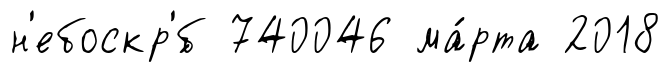
н'ебоскр'́б 740046 ма́рта 2018